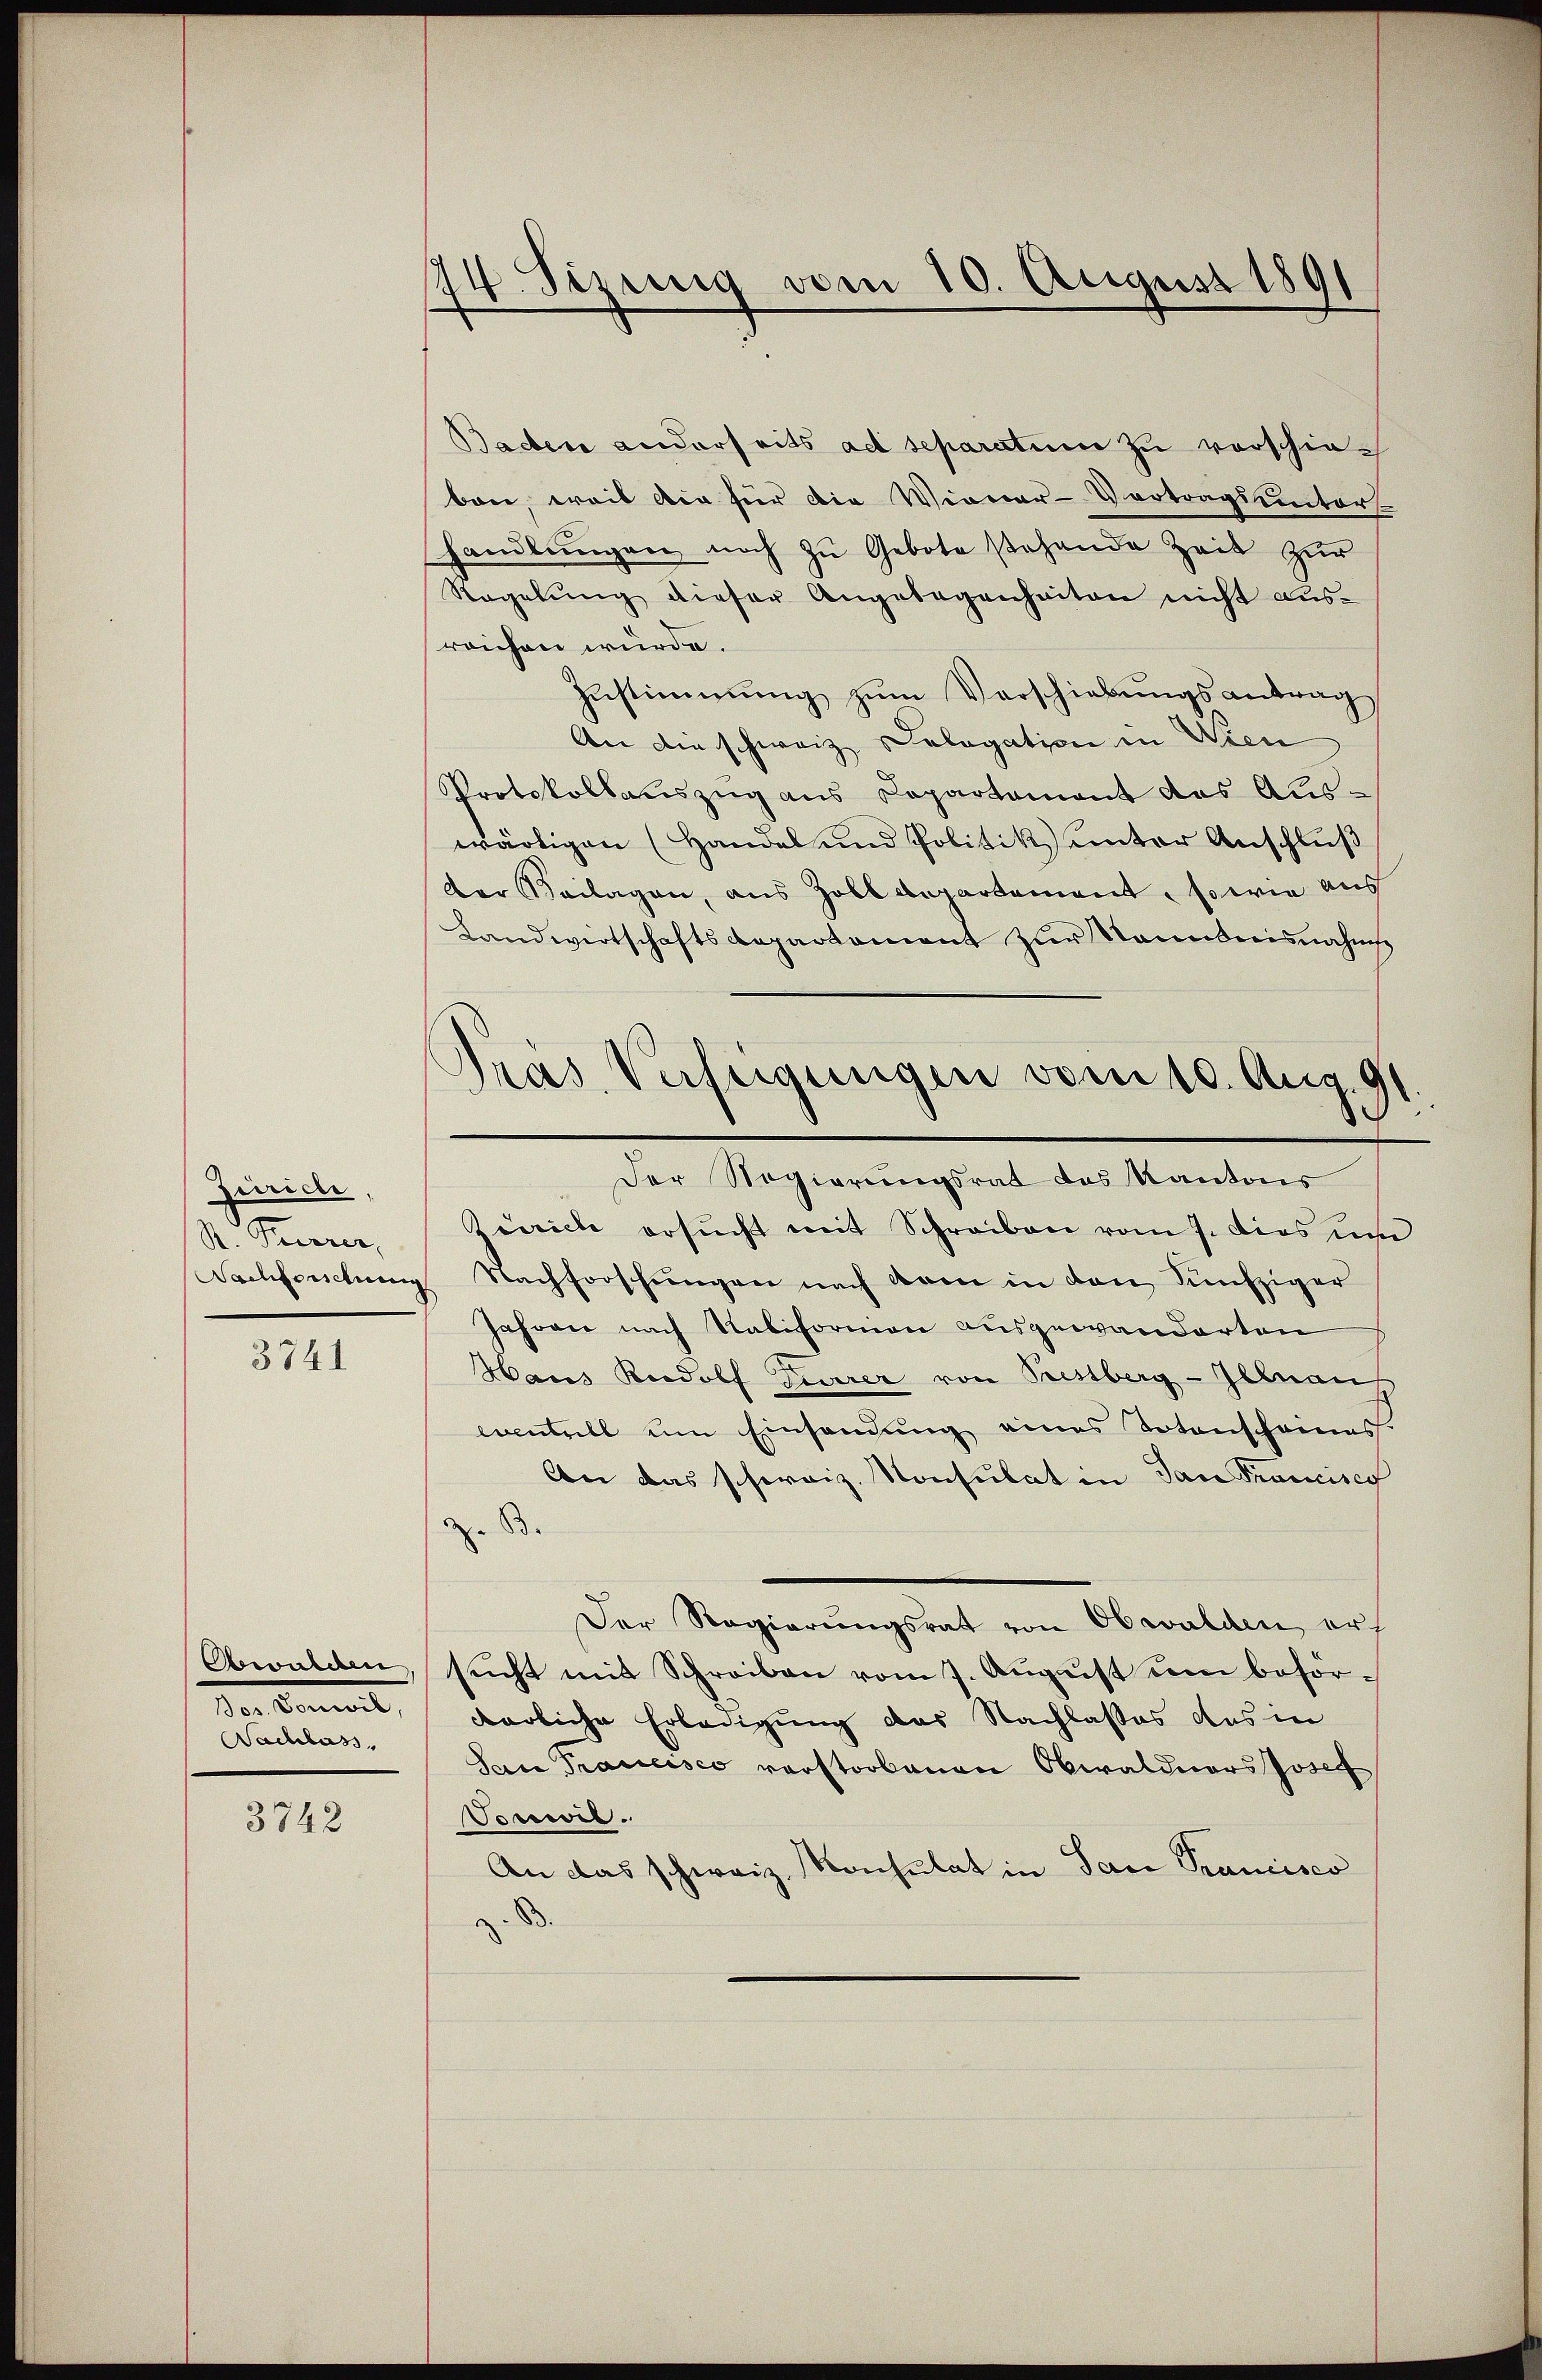
Zürich,
R. Priorer,

3741

Bwurden
Der Sonnert,
Nachlass

3742

14. Sizung vom 10. August 1891

Baden anderseits ad separation zu vorschiebon, weil die für die Wiener-Vortragsunters
handlŭngen noch zu Gebote stehende Zeit zur
Regelŭng dieser Angelegenheiten nicht aŭs-
reichen würde.
Zustimmung zum Verschiebungsantrag
An die schweiz ologation in Wien
Protokollauszug aus Departament das Auswärtigen (Handel und Politik unter Anschluß
Der Beilagen, aus Zolldepartement, sowie aus
Landwirtschaftsdepartement zur Kenntnisnahm
Zürich ersucht mit Schreiben vom 7. dies um
Nachforschung Nachforschungen nach kam in den Fünfziger
Jahren nach Kalifornion ausgewanderten
Haus Rudolf Gewerer von Pestberg-Illnau
eventrill um Einsendung eines Totenscheines.
An das schweiz. Konsulat in dan Francisco
z. B.
Der Regierŭngsrat von Obwalden er
sucht mit Schreiben vom 7. August um befördarliche Erledigung des Nachlasses das in
San Francisco verstorbenen Obwaldners Josef
Voswil.
An das schweiz. Konsulat in Pace Prancisco
8

Gras Verfügungen vom 10. Aug. 91.
Der Regierungsrat des Kantons